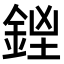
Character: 𨧓